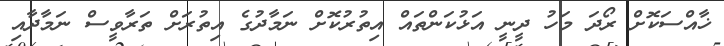
ޚާއްސަކޮށް ރޯދަ މަހު ދީނީ އަޅުކަންތައް އިތުރުކޮށް ނަމާދުގެ އިތުރަށް ތަރާވީސް ނަމާދާއި